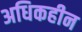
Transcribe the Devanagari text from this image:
अधिकहीन